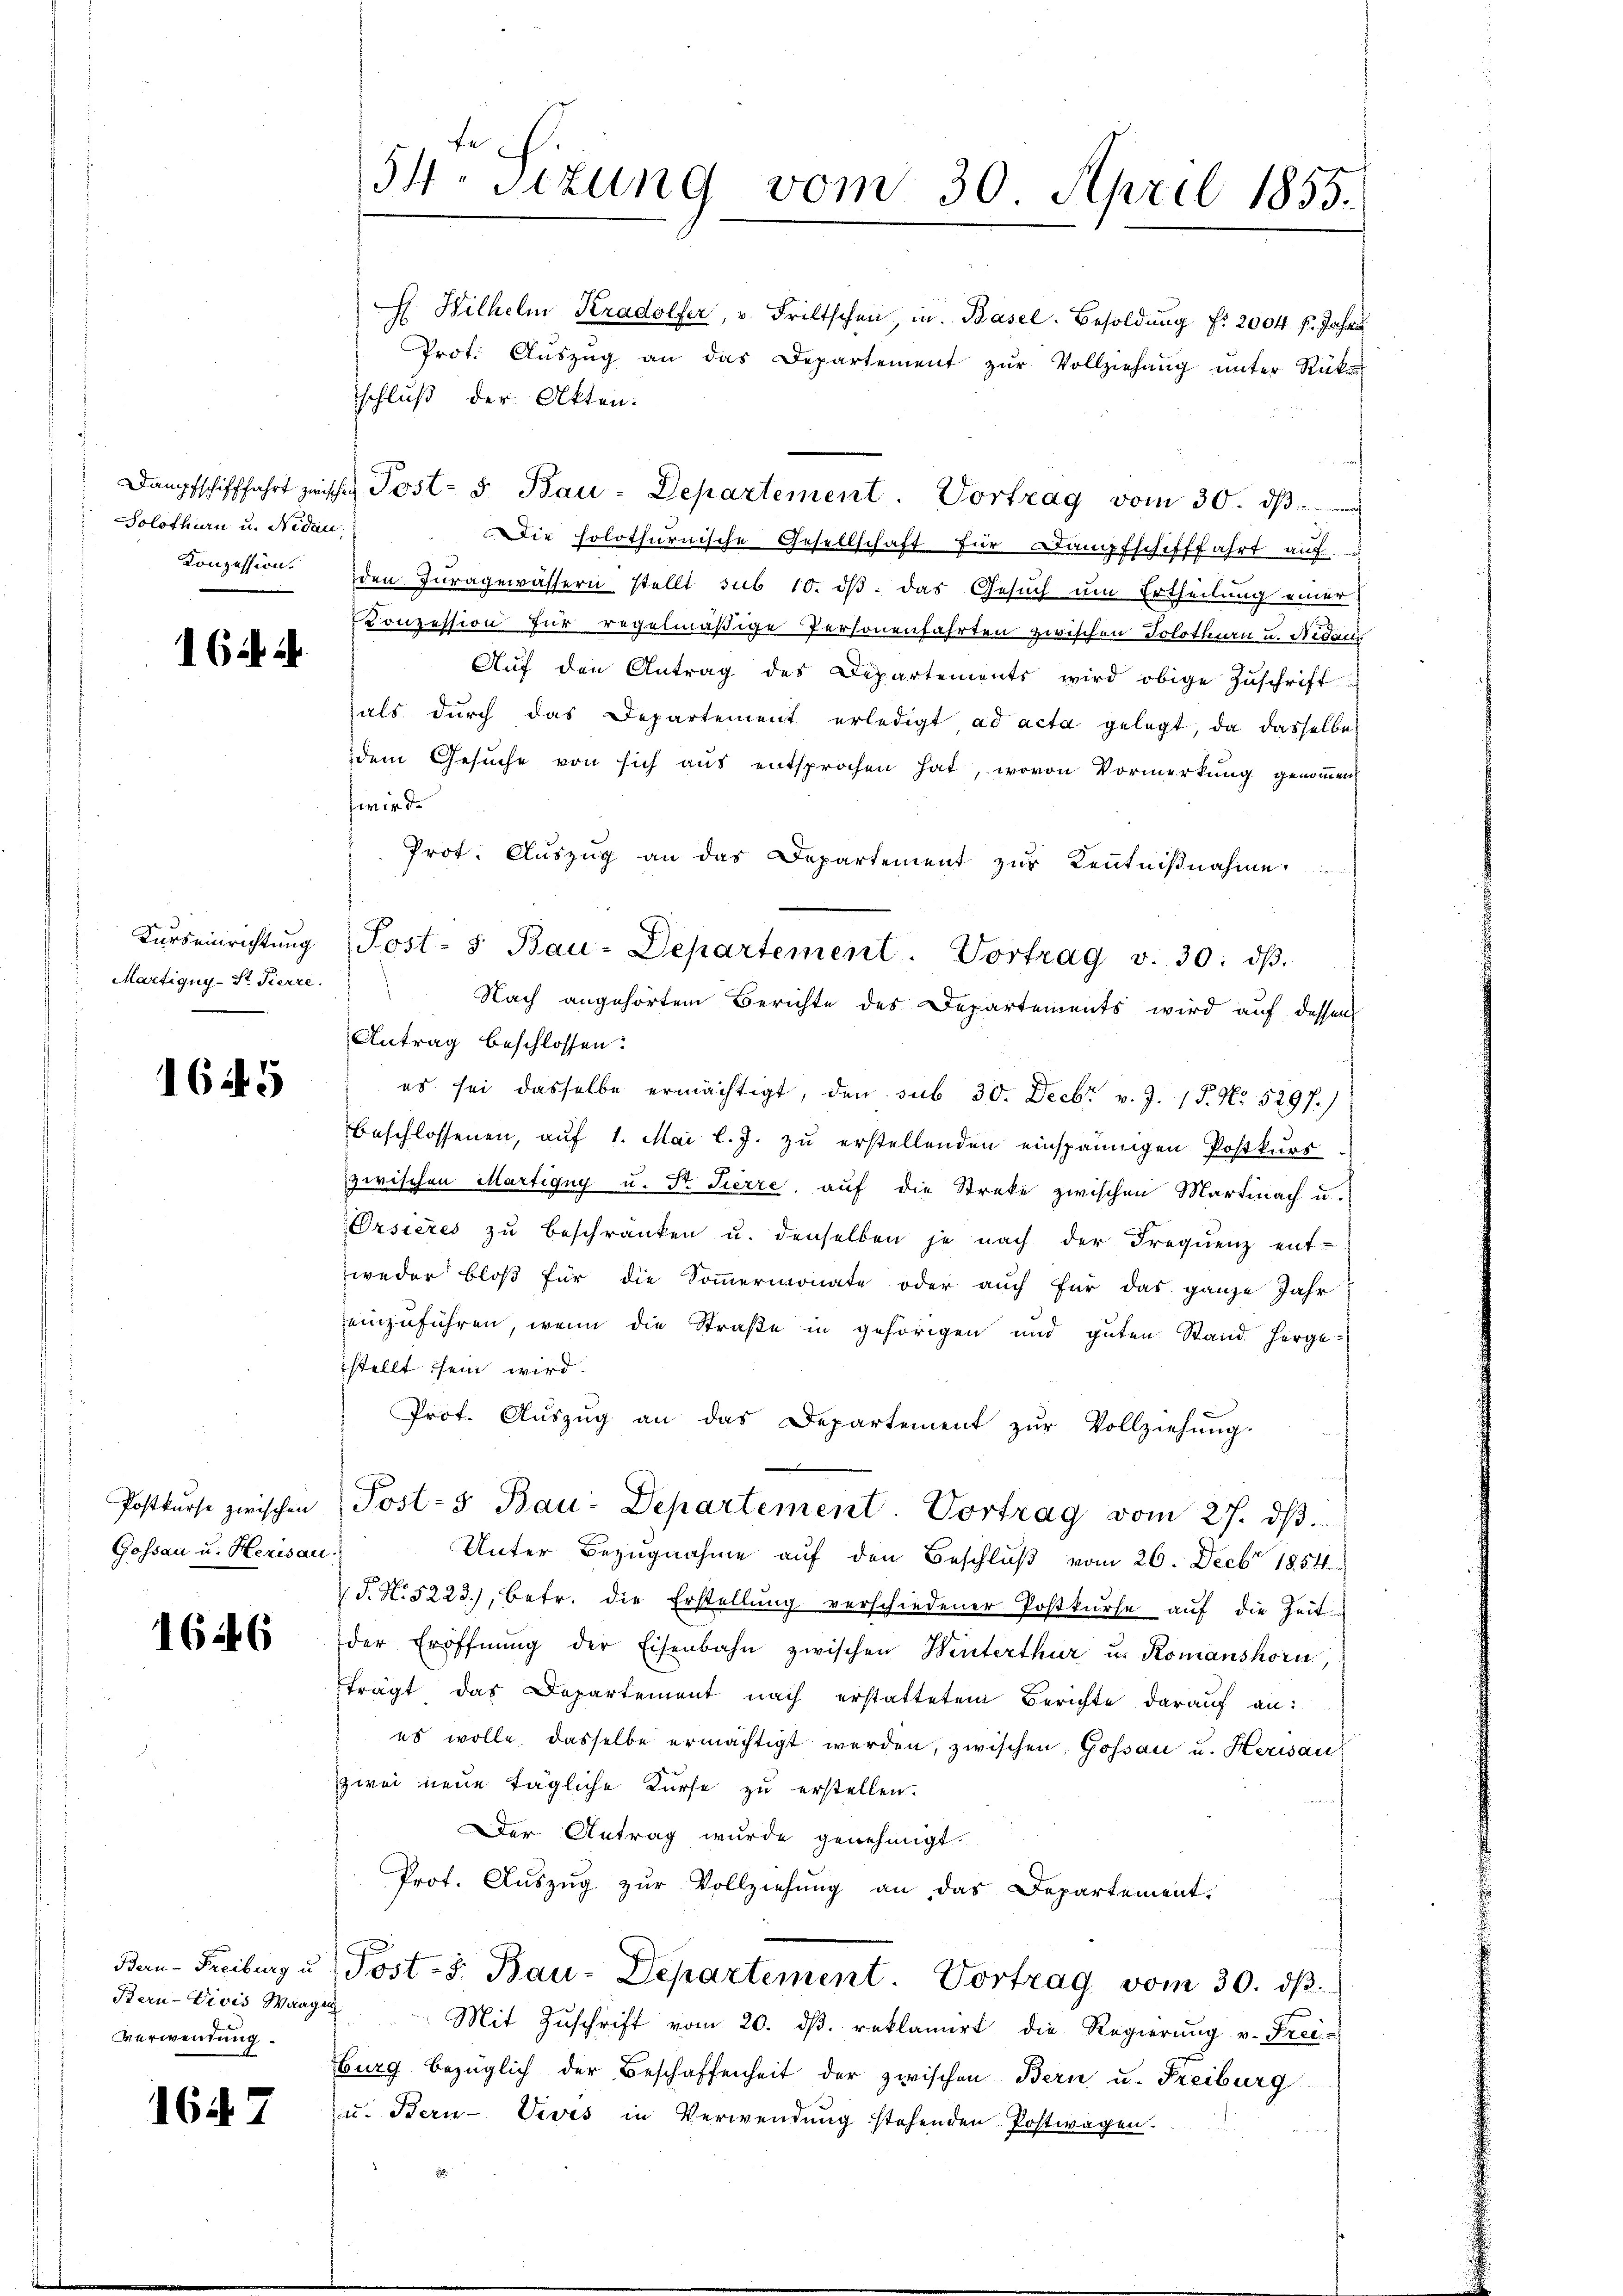
Solothurn und Nidaun.
Konzession.

162 u.

Kurseinrichtung

1645

Gossau u. Herisau.

1646

Verwendung.

1647

fe
54 sizung vom 30. April 1855.

H. Wilhelm Kradolfer, u. Fritschen, in Basel-Besoldŭng fr. 2004 f. Jahre
Prot. Aŭszŭg an das Departement zŭr Vollziehung ŭnter Rükschluß der Akten.
Dampfschifffahrt zwischen Post- u Bau-Departement. Vortrag vom 30. ds.
Die holothurnische Gesellschaft für Dampfschifffahrt auf
den Juragewässern stellt sub 10. dβ das Gesuch um Ertheilung einer
Konzession für regelmäßige Personenfahrten zwischen Solothurn u. Redac
Aŭf den Antrag des Departements wird obige Zŭschrift
als dŭrch das Departement erledigt ad acta gelegt, da dasselbe
dem Gesŭche von sich aŭs entsprochen hat, wovon Vormerkung genoṁen,
zwird
Prot. Aŭszŭg an das Departement zŭr Kenntniβnahme
Post- 5. Bau-Departement. Vortrag v. 30. dβ.
Martigny-St. Pierre. Nach angehörtem Berichte des Departements wird auf dessen
Antrag beschlossen:
es sei dasselbe ermächtigt, den sub 30. Decbr. v. J. 17. No. 5297.)
beschlossenen, auf 1. Mai l. J. zu erstellenden einspännigen Postkurs
zwischen Martigny u. Str. Tierre, auf die Streke zwischen Martinach u.
Orsieres zu beschränken u. denselben je nach der Frequenz ent-
weder bloß für die Sommermonate oder auch für das ganze Jahr
einzuführen, wenn die Straße in gehörigen und guten Stand herge-
stellt sein wird.
Prof. Auszug an das Departement zur Vollziehung.
Postkŭrse zwischen Post-3 Bau-Departement. Vortrag vom 27. dβ.
Unter Bezugnahme auf den Beschluß vom 26. Decbr 1854
 J. N. 5223), betr. die Erstellŭng verschiedener Postkŭrse auf die Zeit
der Eröffnŭng der Eisenbahn zwischen Winterthur u. Komanshorn
trägt das Departement nach erstattetem Berichte darauf an:
es wolle dasselbe ermächtigt werden, zwischen Gossau u. Herisau
zwei neue tägliche Kurse zu erstellen.
Der Antrag wurde genehmigt.
Prof. Aŭszŭg zŭr Vollziehŭng an das Departement.
.
Ben-Freiburg u. Post- u. Bau-Departement. Vortrag vom 30. dβ.
Bern-Divis Waager Mit Zŭschrift vom 20. dβ. reklamirt die Regierŭng v. Frei-
burg bezüglich der Beschaffenheit der zwischen Bern u. Freiburg
u. Stern-Vives in Verwendung stehenden Postwagen.
1